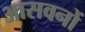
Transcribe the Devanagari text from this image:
आसवनों